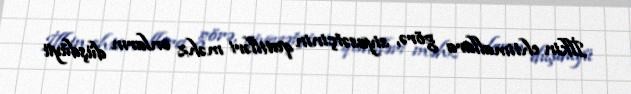
İlkin ehtimallara görə, siyasətçinin qatilləri məhz onların düşdüyü